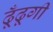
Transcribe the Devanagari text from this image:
ढूँढूगी